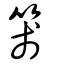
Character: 箋